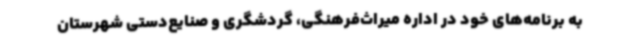
به برنامه‌های خود در اداره میراث‌فرهنگی، گردشگری و صنایع‌دستی شهرستان